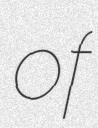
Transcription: of